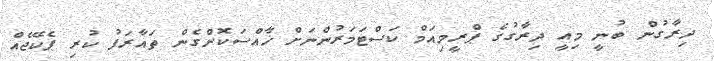
ދިރާގުން ބުނީ މިއީ ދިރާގުގެ ޕްރީމިއަމް ކަސްޓަމަރުންނަށް ޚާއްސަކޮށްގެން ތައާރަފު ކުރި ޕެކޭޖެއް